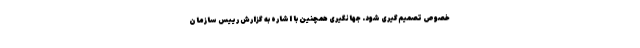
خصوص تصمیم‌گیری شود. جهانگیری همچنین با اشاره به گزارش رییس سازمان